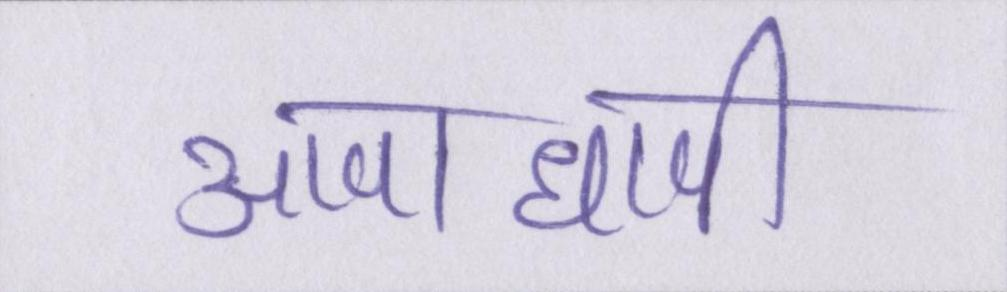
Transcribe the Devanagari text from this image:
आपाधापी